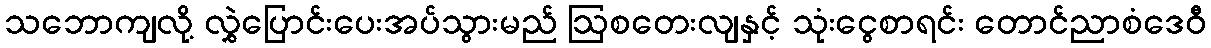
သဘောကျလို့ လွှဲပြောင်းပေးအပ်သွားမည် ဩစတေးလျနှင့် သုံးငွေစာရင်း တောင်ညာစံဒေဝီ